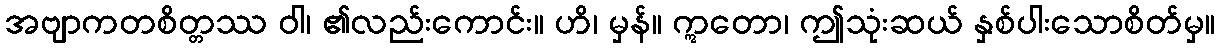
အဗျာကတစိတ္တဿ ဝါ၊ ၏လည်းကောင်း။ ဟိ၊ မှန်။ ဣတော၊ ဤသုံးဆယ် နှစ်ပါးသောစိတ်မှ။